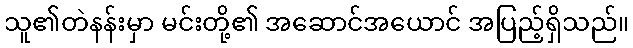
သူ၏တဲနန်းမှာ မင်းတို့၏ အဆောင်အယောင် အပြည့်ရှိသည်။